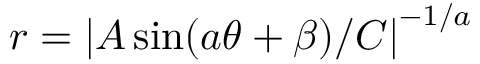
r = \left| A \sin ( a \theta + \beta ) / C \right| ^ { - 1 / a }